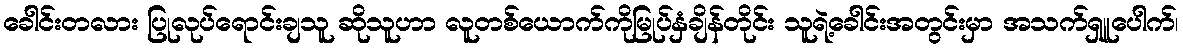
ခေါင်းတလား ပြုလုပ်ရောင်းချသူ ဆိုသူဟာ လူတစ်ယောက်ကိုမြုပ်နှံချိန်တိုင်း သူရဲ့ခေါင်းအတွင်းမှာ အသက်ရှူပေါက်၊